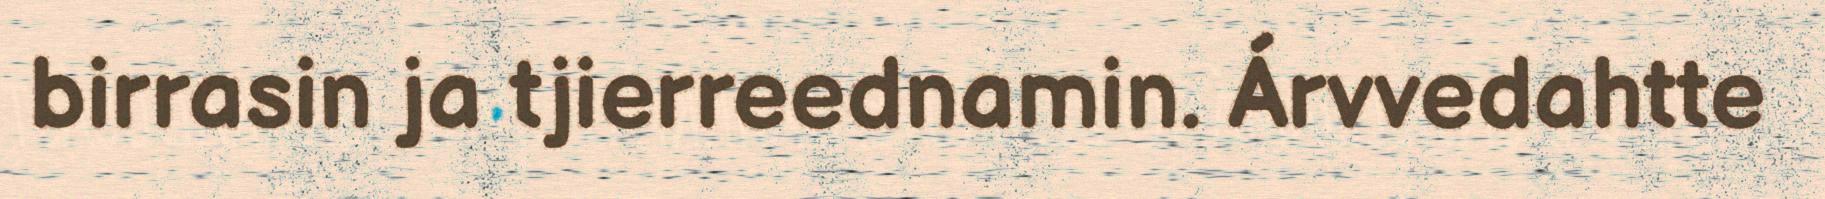
birrasin ja tjierreednamin. Árvvedahtte